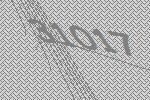
31017